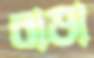
বাডা